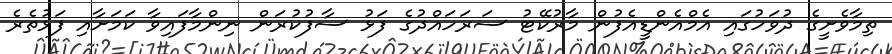
ތިމާވެށީގެ ދުވަހުގައި އެމްއެންޑީއެފުން މާރުކޭޓު ސަރަހައްދުގެ ފަޅު ސާފުކުރަން ނިންމާފައިވާ ކަމަށާއި ފަޅުތެރެ